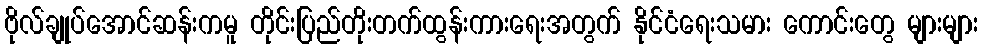
ဗိုလ်ချုပ်အောင်ဆန်းကမူ တိုင်းပြည်တိုးတက်ထွန်းကားရေးအတွက် နိုင်ငံရေးသမား ကောင်းတွေ များများ